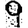
Digit: 9